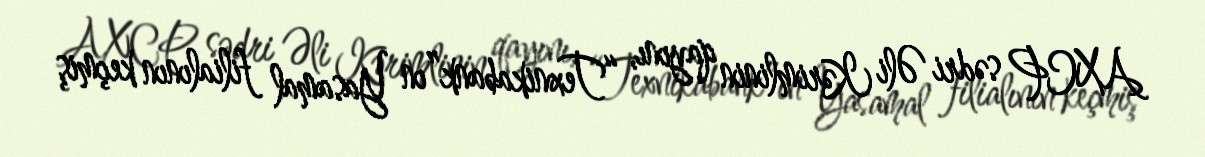
AXCP sədri Əli Kərimlinin qayını, “Texnikabank”ın Yasamal filialının keçmiş